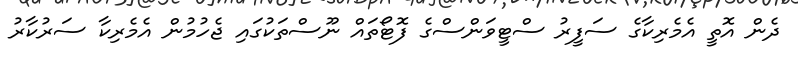
ދެން އޮތީ އެމެރިކާގެ ސަފީރު ސްޓީވަންސްގެ ފޮޓޯތައް ނޫސްތަކުގައި ޖެހުމުން އެމެރިކާ ސަރުކާރު